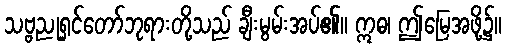
သဗ္ဗညုရှင်တော်ဘုရားတို့သည် ချီးမွမ်းအပ်၏။ ဣဓ၊ ဤမြေအဖို့၌။